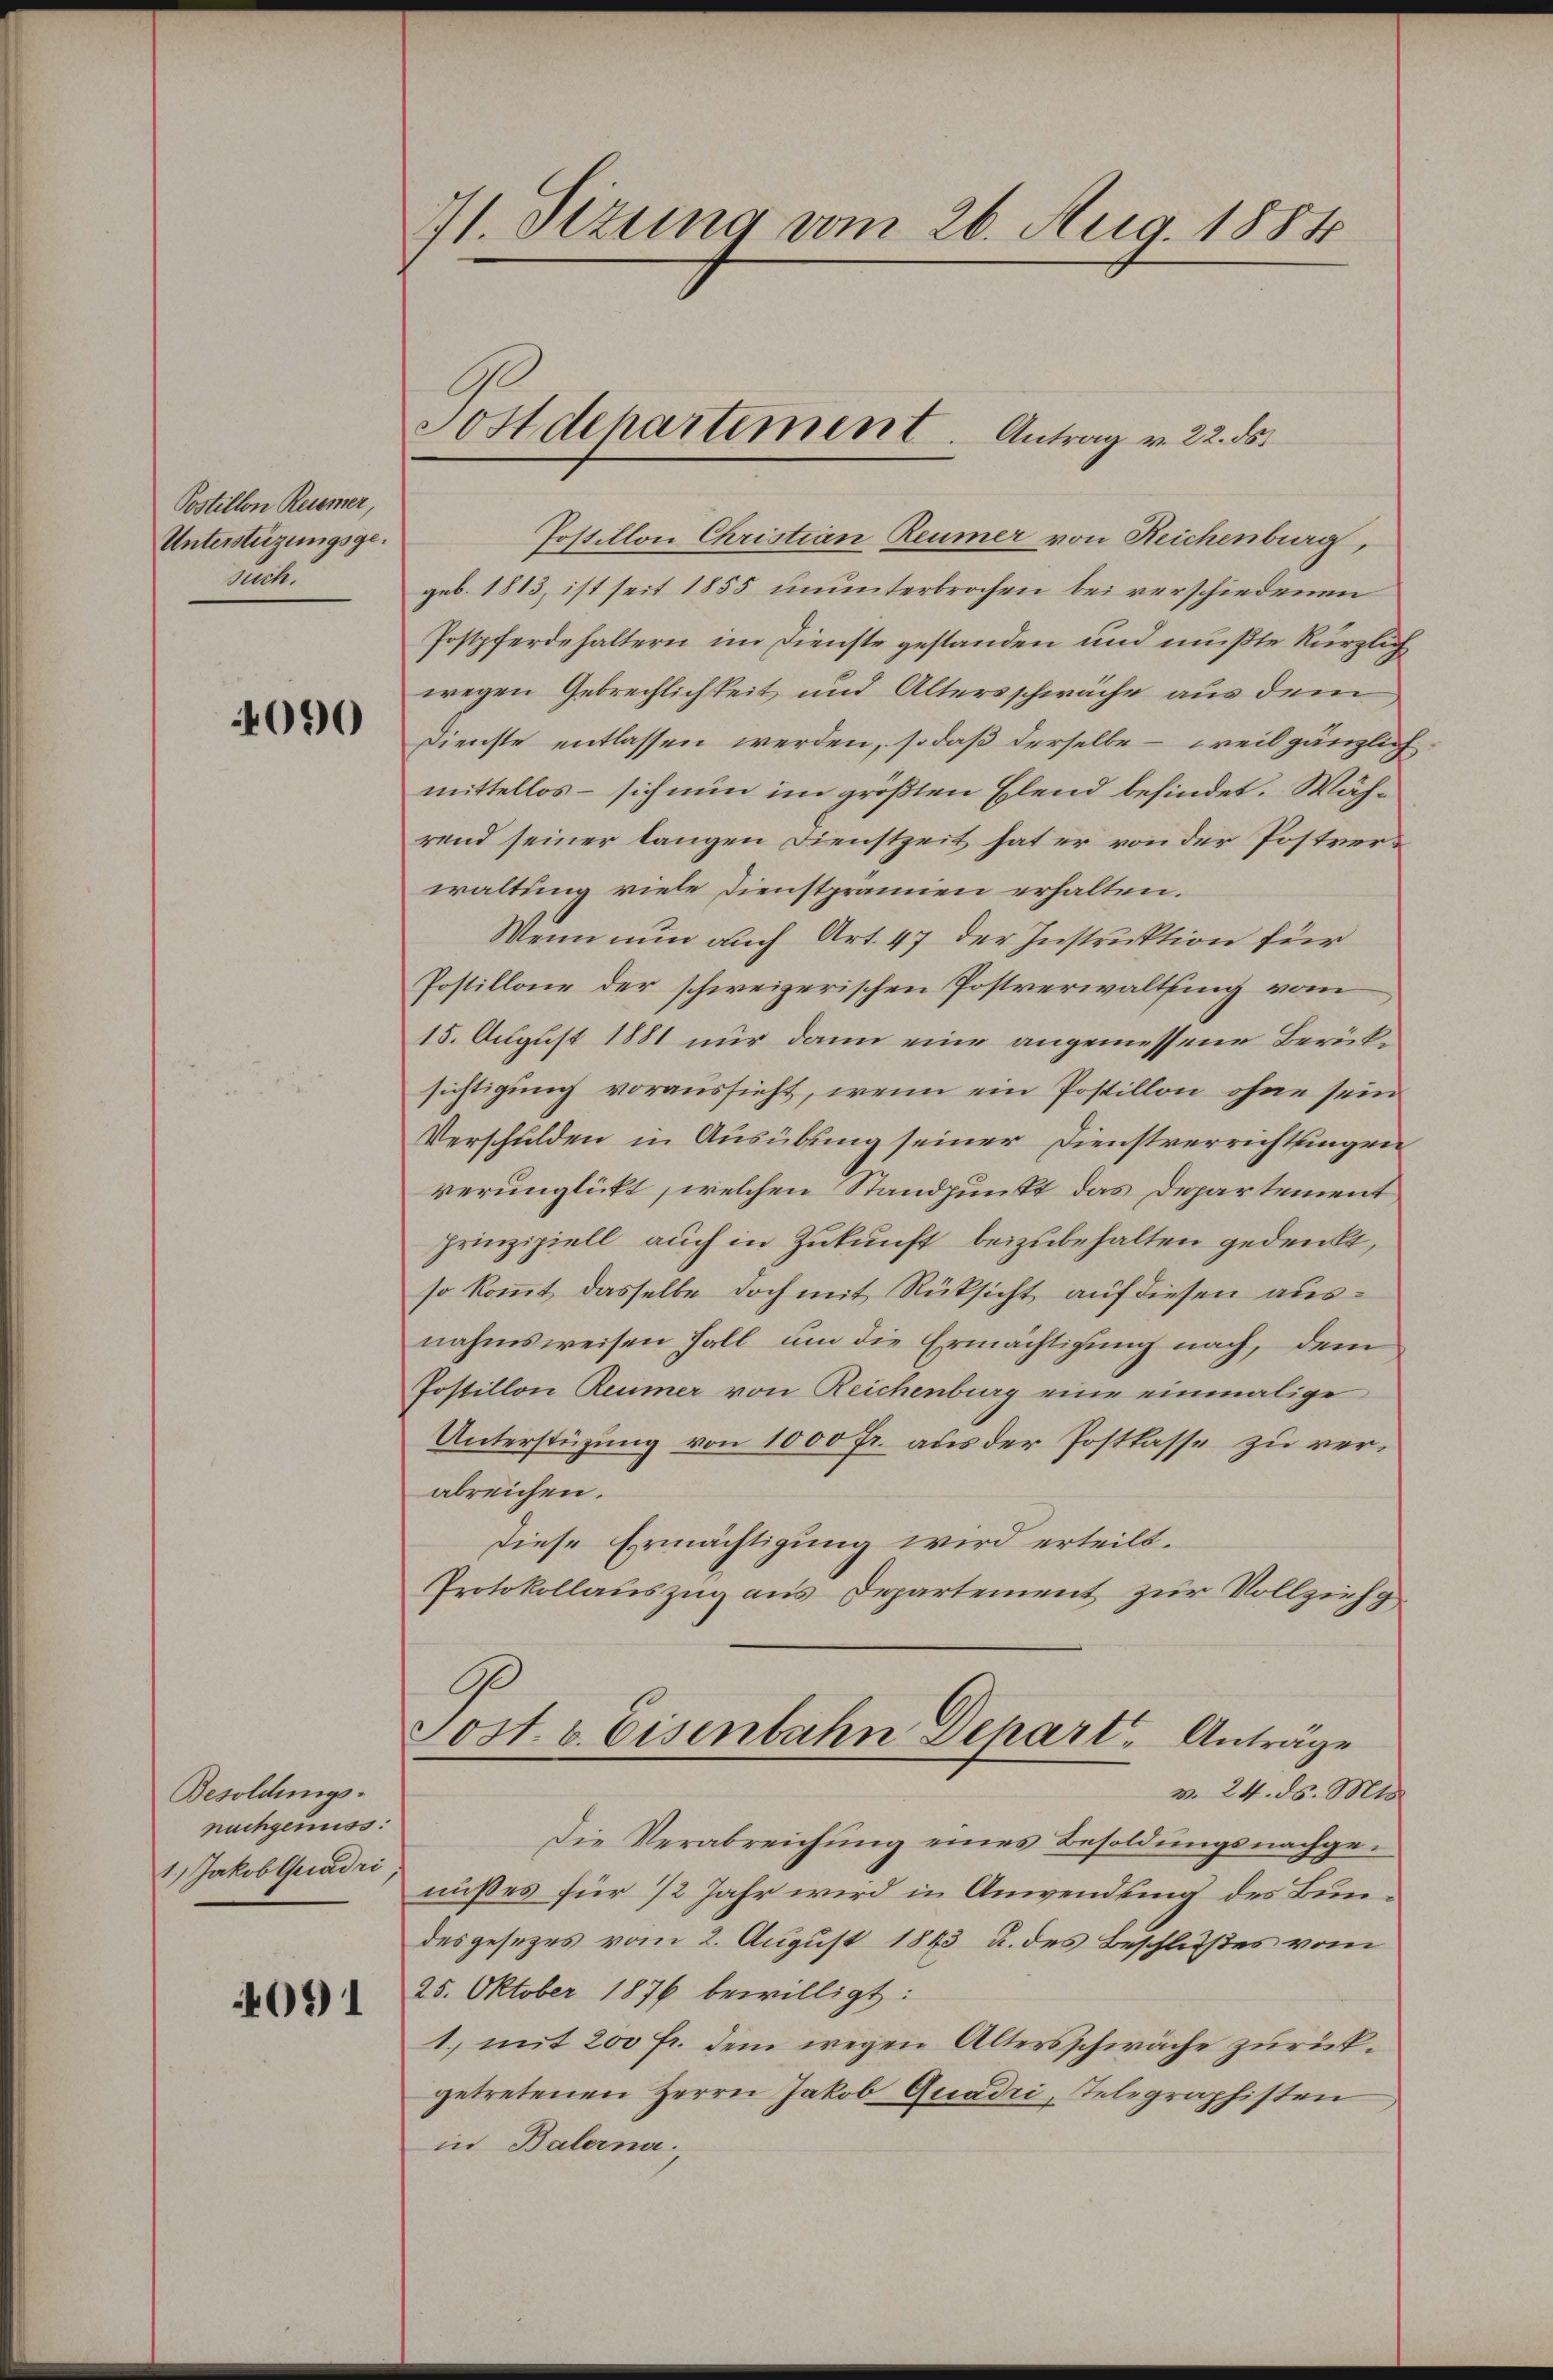
Postillon Reimer,
Unterstüzungsgesuch.

4090

Besoldungsnachgenuss:
1.) Jakob Quadri

4091

71. Sizung vom 26. Aug. 1884

Sostdepartement. Antrag v. 22. ds.

Postillon Christian Reumer von Reichenburg,
geb. 1813, ist seit 1855 ununterbrochen bei verschiedenen
Postpferdehaltern im Dienste gestanden und mußte kürzlich
wegen Gebrechlichkeit und Altersschwäche aus dem
Dienste entlassen werden, so daß derselbe - weil gänzlich
mittellos – sich nun im größten Elend befindet. Während seiner langen Dienstzeit hat er von der Postverwaltung viele Dienstprämien erhalten.
Wenn nun auch Art. 47 der Instruktion für
Postillone der schweizerischen Postverwaltung vom
15. August 1881 nur dann eine angemessene Berücksichtigung voraussicht, wenn ein Postillon ohne sein
Verschulden in Ausübung seiner Dienstverrichtungen
verunglickt, welchen Standpunkt das Departement
prinzipiell auch in Zukunft beizubehalten gedenkt,
so kommt, dasselbe doch mit Rüksicht auf diesen ausnahmsweisen Fall um die Ermächtigung nach, dem
Postillon Reumer von Reichenburg eine einmalige
Unterstüzung von 1000 fr. aus der Postkasse zu verabreichen.
Diese Ermächtigung wird erteilt.
Protokollauszug aus Departement zur Vollzieh
C
Post. v. Eisenbahn Depart, Anträge
v. 24. ds. Mts.
Die Verabreichŭng eines Besoldŭngsnachgenißes für 1/2 Jahr wird in Anwendung des Bundesgesezes vom 2. August 1843 u. des Beschlußes vom
25. Oktober 1876 bewilligt:
1. mit 200 fr. dem wegen Altersschwäche zurückgetretenen Herrn Jakob Quadri, Telegraphisten
in Balerna.